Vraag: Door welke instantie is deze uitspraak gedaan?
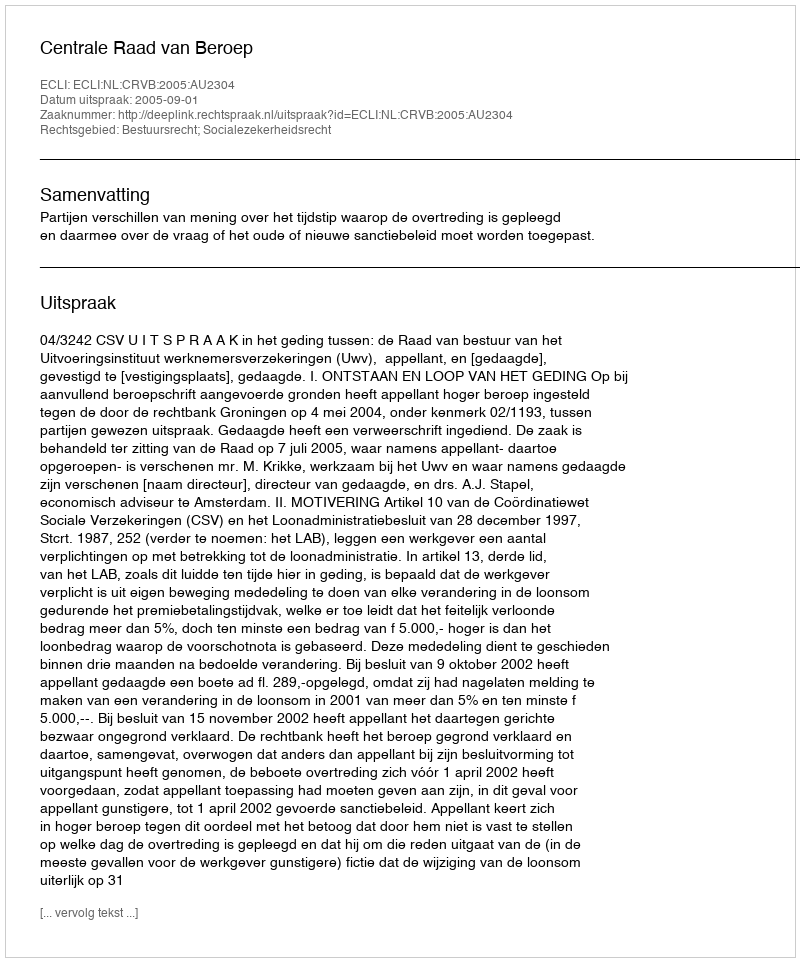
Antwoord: Centrale Raad van Beroep